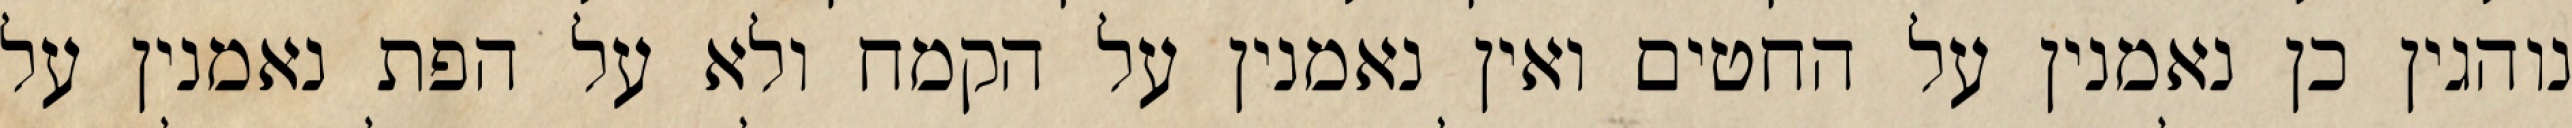
נוהגין כן נאמנין על החטים ואין נאמנין על הקמח ולא על הפת נאמנין על